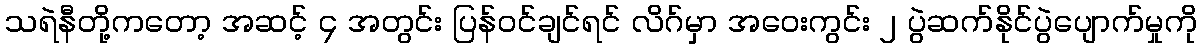
သရဲနီတို့ကတော့ အဆင့် ၄ အတွင်း ပြန်ဝင်ချင်ရင် လိဂ်မှာ အဝေးကွင်း ၂ ပွဲဆက်နိုင်ပွဲပျောက်မှုကို